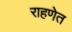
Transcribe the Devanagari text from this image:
राहणेत